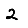
Digit: 2